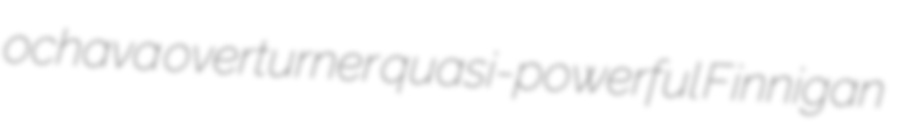
ochava overturner quasi-powerful Finnigan